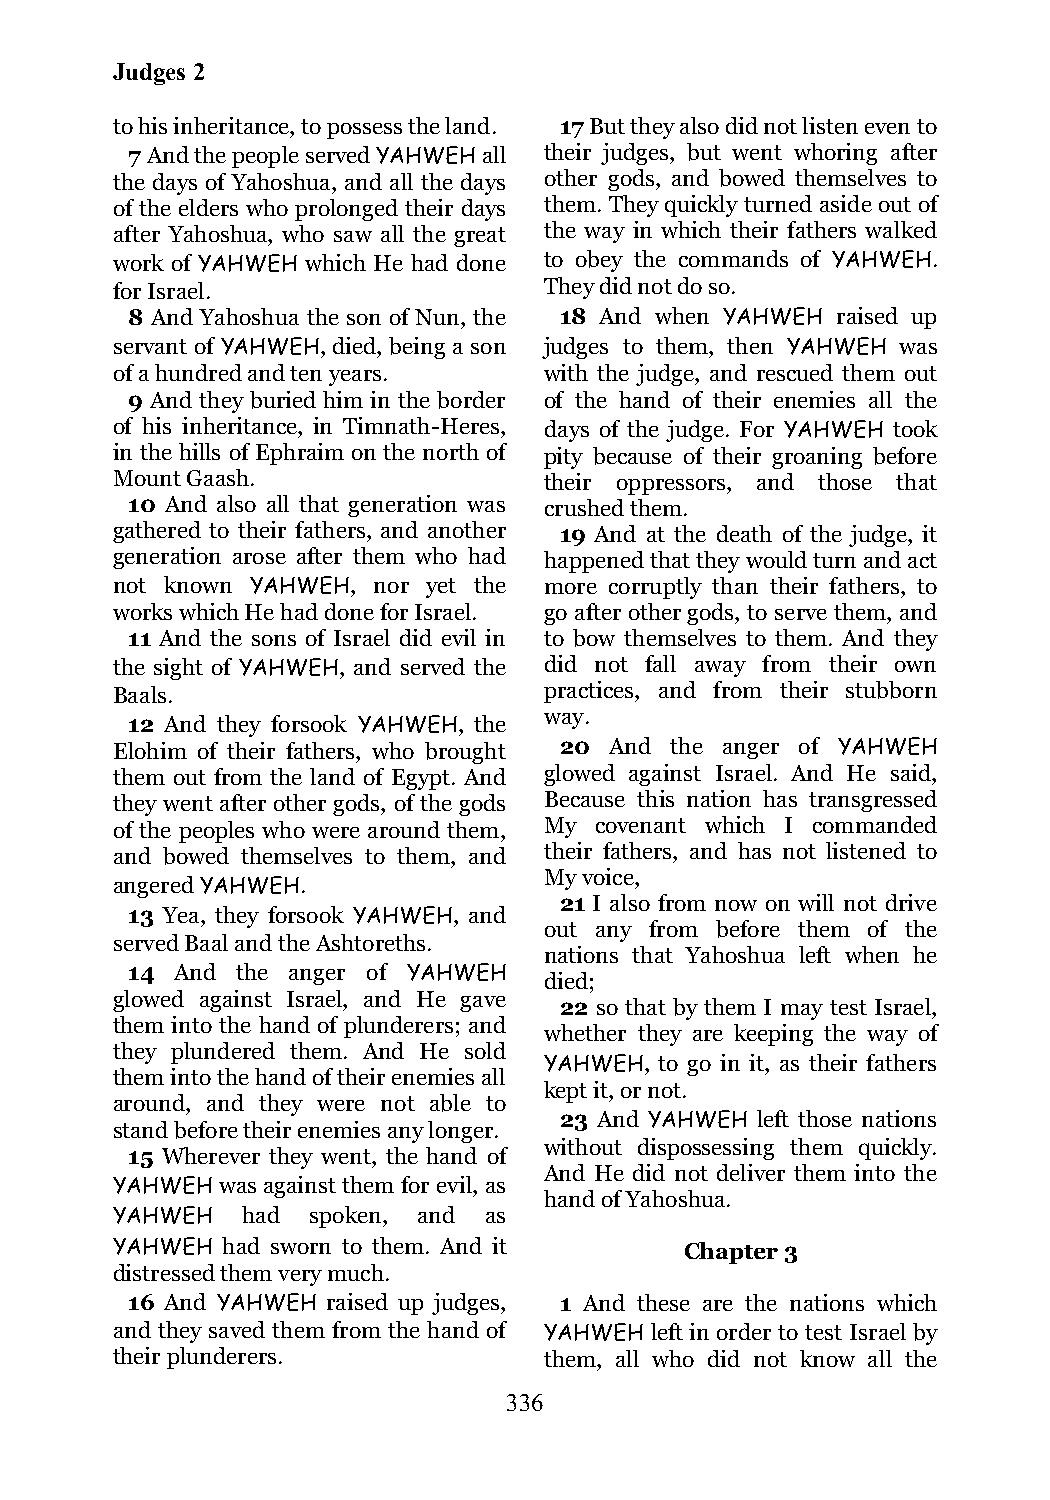
Judges 2
 to his inheritance, to possess the land. 17 But they also did not listen even to
 7 And the people served YAHWEH all their judges, but went whoring after
 the days of Yahoshua, and all the days other gods, and bowed themselves to
 of the elders who prolonged their days them. They quickly turned aside out of
 after Yahoshua, who saw all the great the way in which their fathers walked
 work of YAHWEH which He had done to obey the commands of YAHWEH.
 for Israel.                  They did not do so.
 8 And Yahoshua the son of Nun, the 18 And when YAHWEH raised up
 servant of YAHWEH, died, being a son judges to them, then YAHWEH was
 of a hundred and ten years.  with the judge, and rescued them out
 9 And they buried him in the border of the hand of their enemies all the
 of his inheritance, in Timnath-Heres, days of the judge. For YAHWEH took
 in the hills of Ephraim on the north of pity because of their groaning before
 Mount Gaash.                 their oppressors, and those that
 10 And also all that generation was crushed them.
 gathered to their fathers, and another 19 And at the death of the judge, it
 generation arose after them who had happened that they would turn and act
 not known YAHWEH, nor yet the more corruptly than their fathers, to
 works which He had done for Israel. go after other gods, to serve them, and
 11 And the sons of Israel did evil in to bow themselves to them. And they
 the sight of YAHWEH, and served the did not fall away from their own
 Baals.                       practices, and from their stubborn
 way.
 12 And they forsook YAHWEH, the
 Elohim of their fathers, who brought 20 And the anger of YAHWEH
 them out from the land of Egypt. And glowed against Israel. And He said,
 they went after other gods, of the gods Because this nation has transgressed
 of the peoples who were around them, My covenant which I commanded
 and bowed themselves to them, and their fathers, and has not listened to
 My voice,
 angered YAHWEH.
 21 I also from now on will not drive
 13 Yea, they forsook YAHWEH, and
 out any from before them of the
 served Baal and the Ashtoreths.
 nations that Yahoshua left when he
 14  And the anger of YAHWEH
 died;
 glowed against Israel, and He gave
 22 so that by them I may test Israel,
 them into the hand of plunderers; and
 whether they are keeping the way of
 they plundered them. And He sold
 YAHWEH, to go in it, as their fathers
 them into the hand of their enemies all
 kept it, or not.
 around, and they were not able to
 23 And YAHWEH left those nations
 stand before their enemies any longer.
 without dispossessing them quickly.
 15 Wherever they went, the hand of
 And He did not deliver them into the
 YAHWEH was against them for evil, as
 hand of Yahoshua.
 YAHWEH   had spoken, and as
 YAHWEH  had sworn to them. And it     Chapter 3
 distressed them very much.
 16 And YAHWEH raised up judges, 1 And these are the nations which
 and they saved them from the hand of YAHWEH left in order to test Israel by
 their plunderers.            them, all who did not know all the
 336